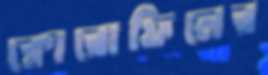
ক্লোরোফিলের